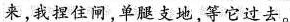
来,我捏住闸，单腿支地，等它过去。